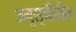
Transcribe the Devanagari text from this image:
अनुसूचीतील